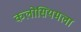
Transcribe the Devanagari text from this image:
कलोसियमला